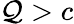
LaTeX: \mathcal{Q}>c